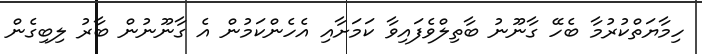
ހިމާޔަތްކުރުމާ ބެހޭ ގާނޫނު ބާތިލްވެފައިވާ ކަމަށާއި އެހެންކަމުން އެ ގާނޫނުން ބާރު ލިބިގެން